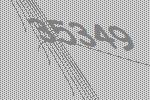
35349